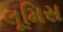
લૂમિસ